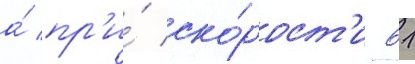
а́ пр'и́ ско́рост'и 61